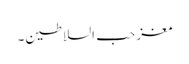
مغز حب السلاطین۔